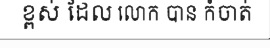
ខ្ពស់ ដែល លោក បាន កំចាត់